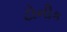
ટોનીક